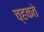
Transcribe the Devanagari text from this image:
च्हकते